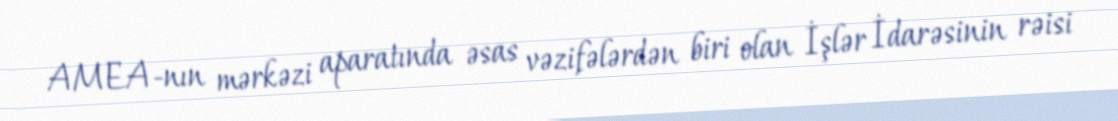
AMEA-nın mərkəzi aparatında əsas vəzifələrdən biri olan İşlər İdarəsinin rəisi